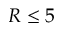
R \le 5